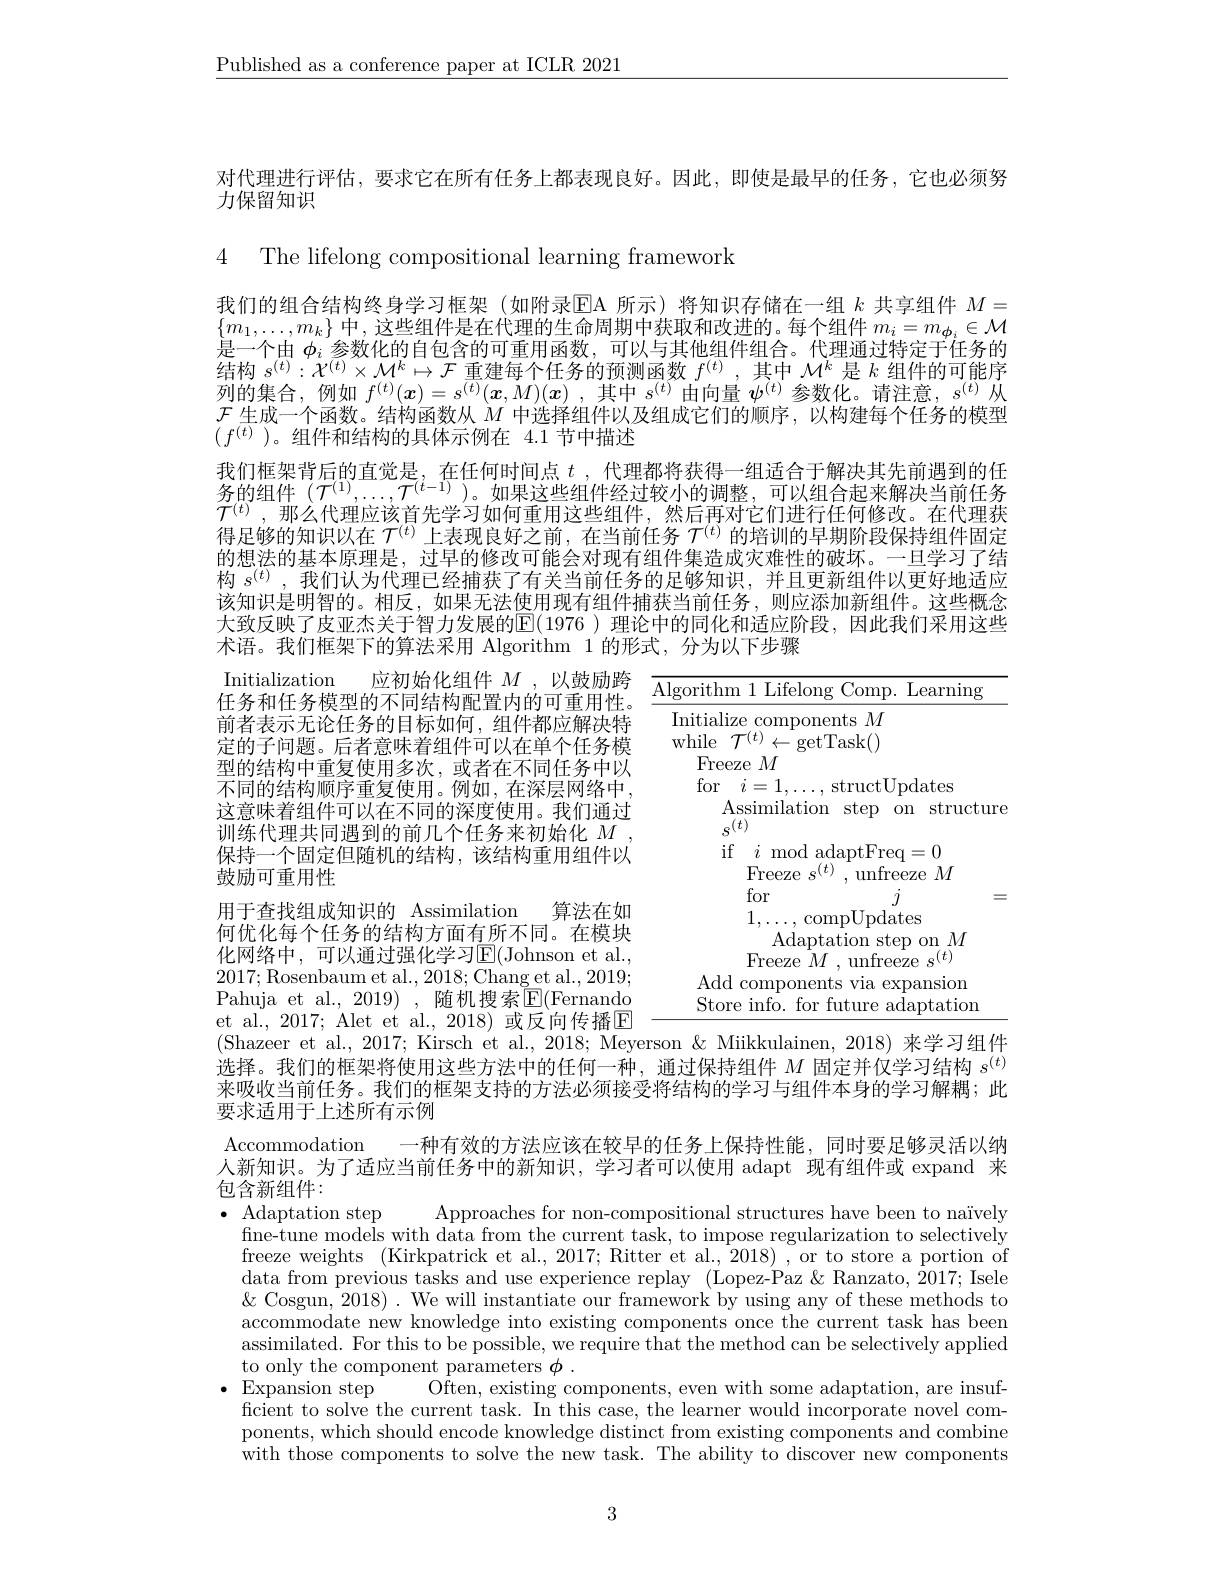
$\underline{\text{Published as a conference paper at ICLR 2021}}$

对代理进行评估，要求它在所有任务上都表现良好。因此，即使是最早的任务，它也必须努
力保留知识

4 The lifelong compositional learning framework

我们的组合结构终身学习框架(如附录$\operatorname{EA}$所示)将知识存储在一组$k$共享组件$M=$ $\{m_{1},\ldots,m_{k}\}$ 中，这些组件是在代理的生命周期中获取和改进的。每个组件 $m_i=m_{\phi_i}\in\mathcal{M}$ 是一个由$\phi_i$参数化的自包含的可重用函数，可以与其他组件组合。代理通过特定于任务的结构$s^(t):\mathcal{X}^{(t)}\times\mathcal{M}^k\mapsto\mathcal{F}$重建每个任务的预测函数$f^(t)$ ,其中$\mathcal{M}^k$是$k$组件的可能序列的集合，例如$f^(t)(x)=s^{(t)}(x,M)(x)$ ,其中$s^(t)$由向量$\psi^(t)$参数化。请注意，$s^(t)$从$\mathcal{F}$生成一个函数。结构函数从$M$中选择组件以及组成它们的顺序，以构建每个任务的模型$(f^{\overline{(t)}})$。组件和结构的具体示例在 4.1节中描述
我们框架背后的直觉是，在任何时间点$t$ ,代理都将获得一组适合于解决其先前遇到的任务的组件$(\mathcal{T}^{(1)},\ldots,\mathcal{T}^{(t-1)}$ )。如果这些组件经过较小的调整，可以组合起来解决当前任务$\mathcal{T}^{(t)}$,那么代理应该首先学习如何重用这些组件，然后再对它们进行任何修改。在代理获得足够的知识以在$\mathcal{T}^{(t)}$上表现良好之前，在当前任务$\mathcal{T}^{(t)}$的培训的早期阶段保持组件固定的想法的基本原理是 , 过早的修改可能会对现有组件集造成灾难性的破坏。一旦学习了结构$s^{(t)}$ ,我们认为代理已经捕获了有关当前任务的足够知识，并且更新组件以更好地适应该知识是明智的。相反，如果无法使用现有组件捕获当前任务，则应添加新组件。这些概念大致反映了皮亚杰关于智力发展的$\mathbb{E}(1976)$ 理论中的同化和适应阶段，因此我们采用这些术语。我们框架下的算法采用 Algorithm 1的形式，分为以下步骤

Initialize components $M$

$\begin{array}{c}{\mathrm{while~}\mathcal{T}^{(t)}\leftarrow\mathrm{getTask}()}\\{\mathrm{Freeze~}M}\end{array}$

Initialization 应初始化组件$M$ ,以鼓励跨
$\begin{array}{c}\text{Inıtualızatıon}&\text{应利始化组件 }M,\text{ 以鼓励跨}&\overline{\text{Algorithm }1\text{ Lifelong Comp. Learning}}\\\text{任务和任务模型的不同结构配置内的可重用性。}&\frac{\text{Algorithm }1\text{ Lifelong Comp. Learning}}{\text{ros }}\end{array}$
前者表示无论任务的目标如何，组件都应解决特定的子问题。后者意味着组件可以在单个任务模型的结构中重复使用多次，或者在不同任务中以不同的结构顺序重复使用。例如，在深层网络中， 这意味着组件可以在不同的深度使用。我们通过训练代理共同遇到的前几个任务来初始化$M$ , 保持一个固定但随机的结构，该结构重用组件以鼓励可重用性
用于查找组成知识的 Assimilation 算法在如

for $i= 1, \ldots $,structUpdates

Assimilation step on structure

$s^{(t)}$

$\begin{array}{cc}\mathrm{if}&i\mod\text{adaptFreq}=0\\--\end{array}$

Freeze $s^{(t)},\bar{\text{unfreeze}M}$

=

$\begin{array}{l}\mathrm{for}&j\\1,\ldots,\text{compUpdates}\\\mathrm{Adaptation~step~on~}M\end{array}$

何优化每个任务的结构方面有所不同。在模块

化网络中，可以通过强化学习$\operatorname{E}($Johnson et al.,

Freeze $M$ , unfreeze $s^(t)$

2017;Rosenbaum et al.,2018;Chang et al.,2019;

Add components via expansion

Pahuja et al., 2019) , 随机搜索$\operatorname{E}($Fernando

Store info. for future adaptation

et al., 2017; Alet et al., 2018) 或反向传播$\mathbb{E}$
(Shazeer et al., 2017; Kirsch et al., 2018; Meyerson & Miikkulainen, 2018) 来学习组件选择。我们的框架将使用这些方法中的任何一种，通过保持组件$M$固定并仅学习结构$s^{(t)}$ 来吸收当前任务。我们的框架支持的方法必须接受将结构的学习与组件本身的学习解耦；此要求适用于上述所有示例

Accommodation 一种有效的方法应该在较早的任务 上保持性能、同时要足够灵活以纳

人新知识。为了适应当前任务中的新知识，学习者可以使用 adapt 现有组件或 expand 来

包含新组件：

$\bullet$ Adaptation step
fine-tune models with data from the current task, to impose regularization to selectively

Approaches for non-compositional structures have been to naïvely
freeze weights (Kirkpatrick et al., 2017; Ritter et al., 2018) , or to store a portion of data from previous tasks and use experience replay (Lopez-Paz &Ranzato, 2017; Isele $\&$ Cosgun, 2018) . We will instantiate our framework by using any of these methods to accommodate new knowledge into existing components once the current task has been assimilated. For this to be possible, we require that the method can be selectively applied to only the component parameters $\phi.$
$\bullet{\mathrm{Expansion~step}}$
Often, existing components, even with some adaptation, are insuf-
ficient to solve the current task. In this case, the learner would incorporate novel components, which should encode knowledge distinct from existing components and combine with those components to solve the new task. The ability to discover new components

3